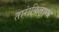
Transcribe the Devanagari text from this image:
तारांकितप्रश्न